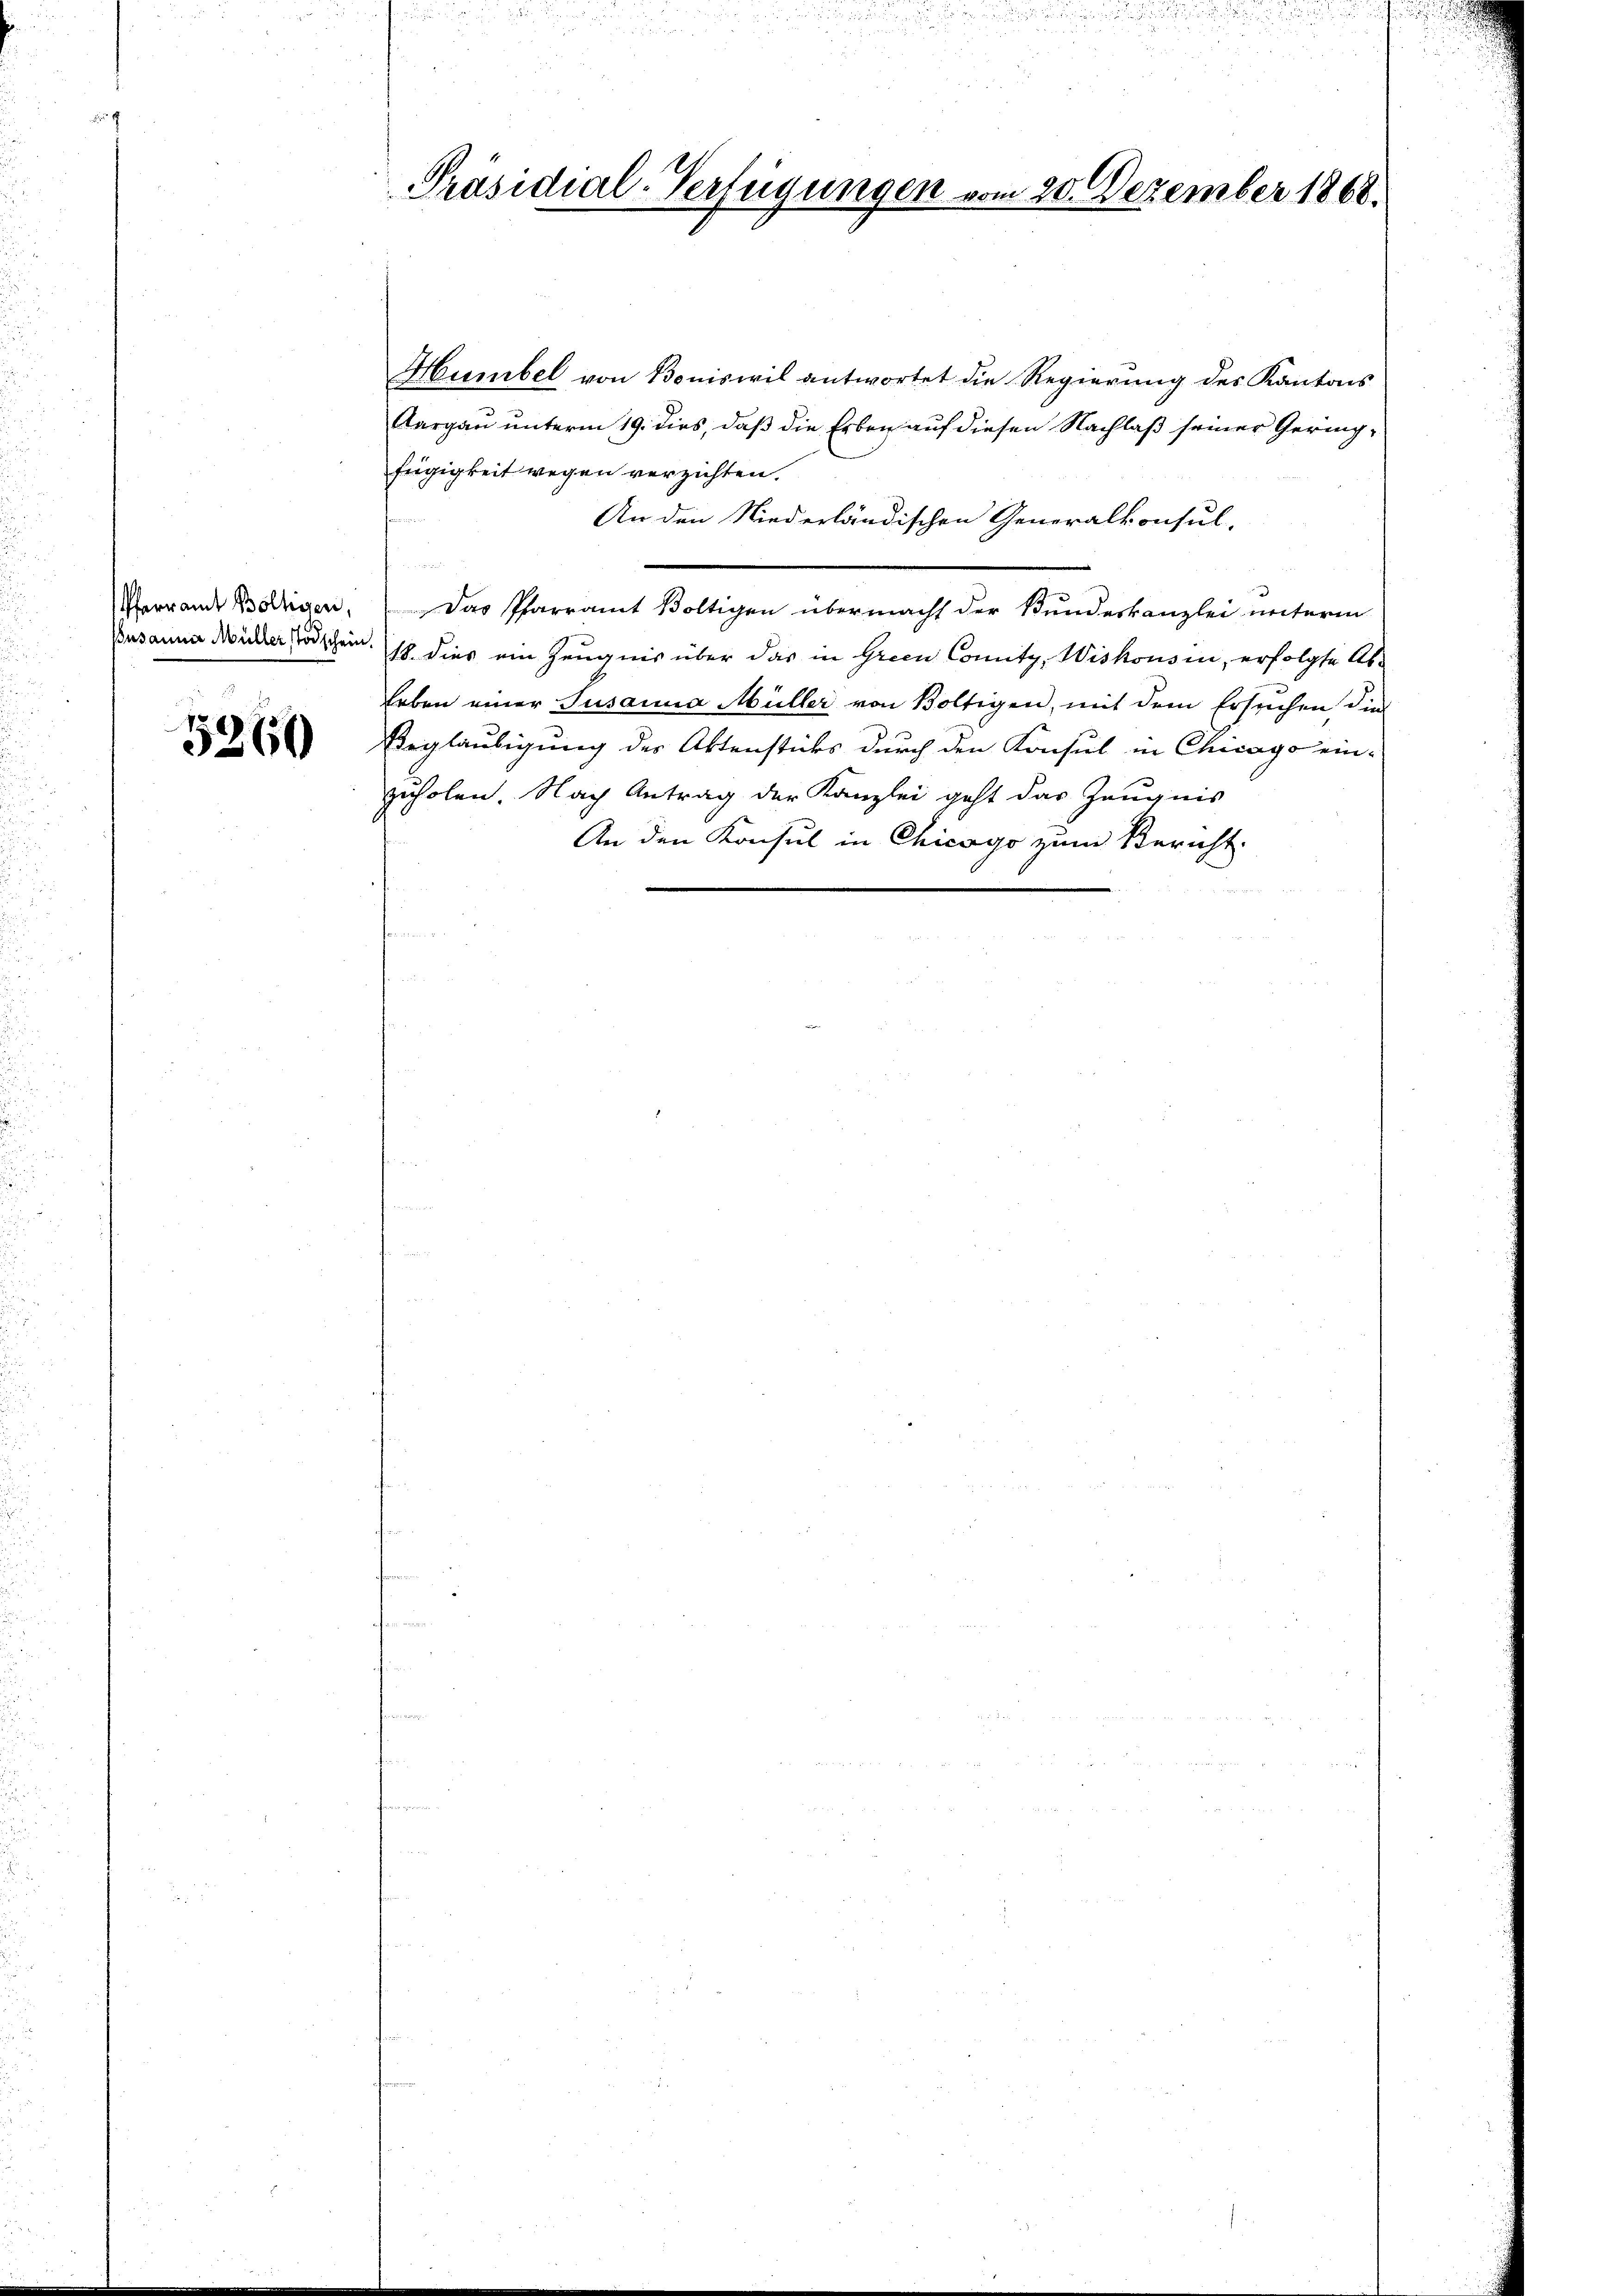
5260

Hunibel von Boniswil antwortet die Regierung des Kantons
Aargau unterm 19. dies, daß die Erben auf diesen Nachlaß seiner Geringfügigkeit wegen verzichten.
An den Niederländischen Generalkonsul-
Pfarrande Boltigen. Das Pfarramt Boltigen übermacht der Bundeskanzlei unterm
Busannes Wider Todschen. 18 dies ein Zeugnis über das in Green Comitz, Wiskousin, erfolgte Ableben einer Susanna Müller von Boltigen, mit dem Ersuchen, die
Beglaubigung der Aktenstücks durch den Konsul in Chicago ein-
zuholen. Nach Antrag der Kanzlei geht das Zeugnis
An den Konsul in Chicago zum Bericht

Präsidial-Verfügungen vom 20. Dezember 1868.